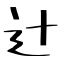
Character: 辻